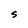
Character: S